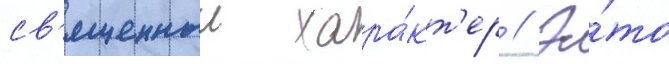
св'ященныи хара́кт'ер // Э́то